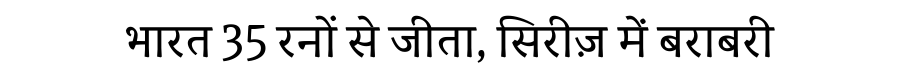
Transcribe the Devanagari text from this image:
भारत 35 रनों से जीता, सिरीज़ में बराबरी